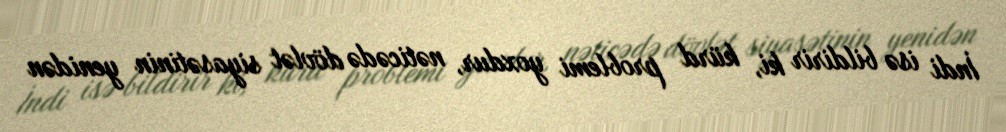
İndi isə bildirir ki, kürd problemi yoxdur, nəticədə dövlət siyasətinin yenidən